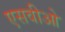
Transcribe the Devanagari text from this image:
एसवीओ